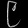
Digit: ၉